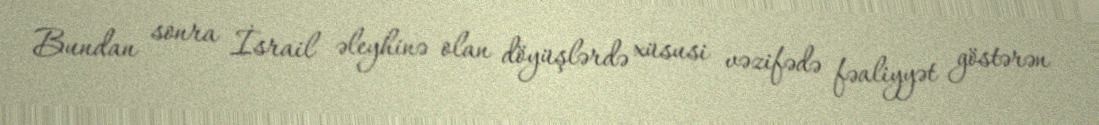
Bundan sonra İsrail əleyhinə olan döyüşlərdə xüsusi vəzifədə fəaliyyət göstərən